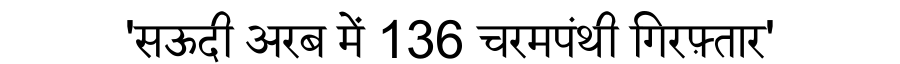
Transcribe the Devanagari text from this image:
'सऊदी अरब में 136 चरमपंथी गिरफ़्तार'